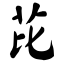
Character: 芘